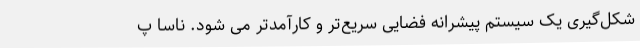
شکل‌گیری یک سیستم پیشرانه فضایی سریع‌تر و کارآمدتر می شود. ناسا پ